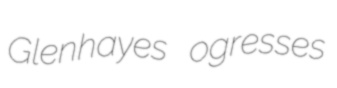
Glenhayes ogresses